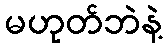
မဟုတ်ဘဲနဲ့